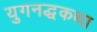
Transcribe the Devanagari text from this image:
युगनद्धकथा